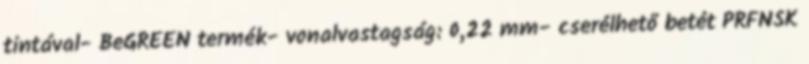
tintával- BeGREEN termék- vonalvastagság: 0,22 mm- cserélhető betét PRFNSK